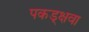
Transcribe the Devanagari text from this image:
पकड्क्षवा